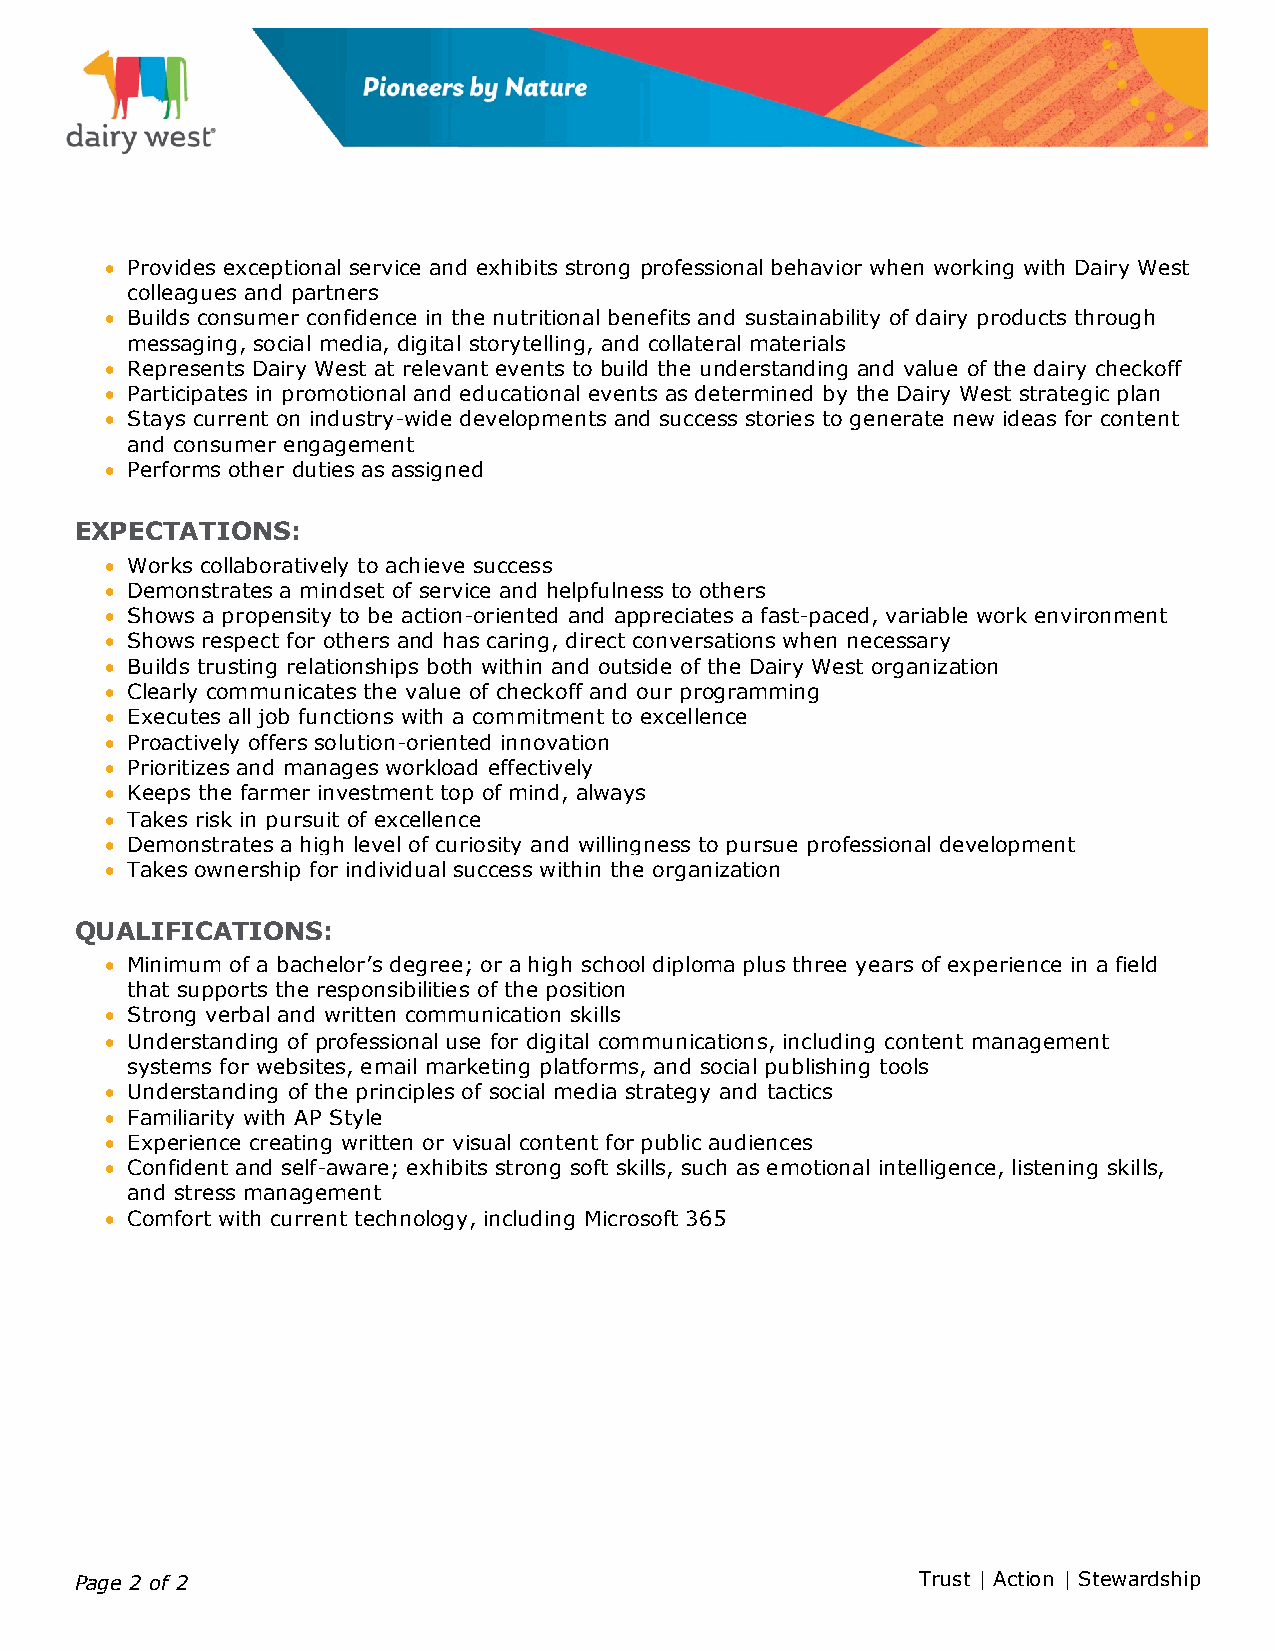
• Provides exceptional service and exhibits strong professional behavior when working with Dairy West
 colleagues and partners
 • Builds consumer confidence in the nutritional benefits and sustainability of dairy products through
 messaging, social media, digital storytelling, and collateral materials
 • Represents Dairy West at relevant events to build the understanding and value of the dairy checkoff
 • Participates in promotional and educational events as determined by the Dairy West strategic plan
 • Stays current on industry-wide developments and success stories to generate new ideas for content
 and consumer engagement
 • Performs other duties as assigned
 EXPECTATIONS:
 • Works collaboratively to achieve success
 • Demonstrates a mindset of service and helpfulness to others
 • Shows a propensity to be action-oriented and appreciates a fast-paced, variable work environment
 • Shows respect for others and has caring, direct conversations when necessary
 • Builds trusting relationships both within and outside of the Dairy West organization
 • Clearly communicates the value of checkoff and our programming
 • Executes all job functions with a commitment to excellence
 • Proactively offers solution-oriented innovation
 • Prioritizes and manages workload effectively
 • Keeps the farmer investment top of mind, always
 • Takes risk in pursuit of excellence
 • Demonstrates a high level of curiosity and willingness to pursue professional development
 • Takes ownership for individual success within the organization
 QUALIFICATIONS:
 • Minimum of a bachelor’s degree; or a high school diploma plus three years of experience in a field
 that supports the responsibilities of the position
 • Strong verbal and written communication skills
 • Understanding of professional use for digital communications, including content management
 systems for websites, email marketing platforms, and social publishing tools
 • Understanding of the principles of social media strategy and tactics
 • Familiarity with AP Style
 • Experience creating written or visual content for public audiences
 • Confident and self-aware; exhibits strong soft skills, such as emotional intelligence, listening skills,
 and stress management
 • Comfort with current technology, including Microsoft 365
 Page 2 of 2                                             Trust | Action | Stewardship